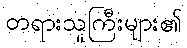
တရားသူကြီးများ၏